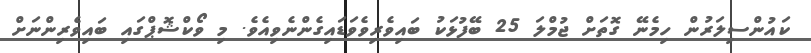
ކައުންސިލަރުން ހިމެނޭ ގޮތަށް ޖުމްލަ 25 ބޭފުޅަކު ބައިވެރިވެވަޑައިގެންނެވިއެވެ. މި ވޯކްޝޮޕްގައި ބައިވެރިންނަށް